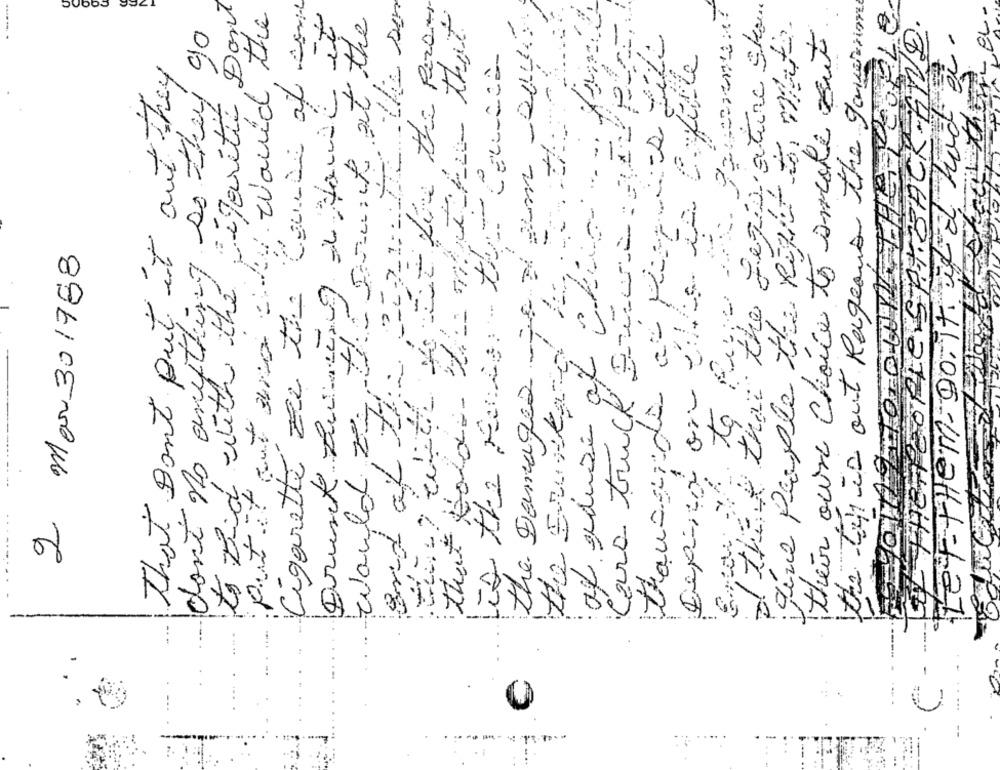
to Did with the sigaritic Don't
- - Live the Peron
the life is out Rageaus the garmin
M EL-
put it out and why Would the
that folow the whe her that
the Damagea 7: 21 am -QUI
I that they the Legislature Sko
would za the sound at the
Cara truck Buona : gayporn
give people the Right to make.
their own choice to ancole out.
TIL THEPEOPLE SATBACK-END.
don't no anything so they go
Let THEM - DO. It if I had a.
tis the fence :- the Course
it it out they
Depinça on éla la Cafe
2 Mar 301988
Cigarette ze tie
That Don't Out
: af reduce at v
Drunk Dure,
to Re
and at 17 ::
the Eructar
0